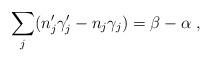
LaTeX: \begin{align*}\sum_{j}(n'_{j}\gamma'_{j} - n_{j}\gamma_{j}) = \beta -\alpha \ ,\end{align*}